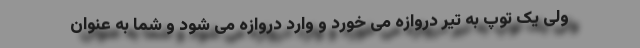
ولی یک توپ به تیر دروازه می خورد و وارد دروازه می شود و شما به عنوان